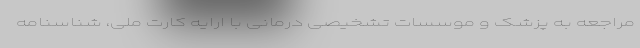
مراجعه به پزشک و موسسات تشخیصی درمانی با ارایه کارت ملی، شناسنامه